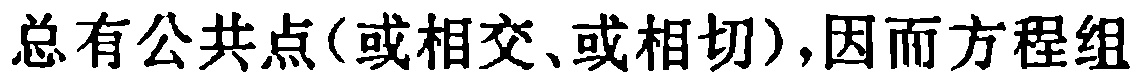
总有公共点(或相交、或相切),因而方程组